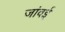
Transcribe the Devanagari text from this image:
जांवई